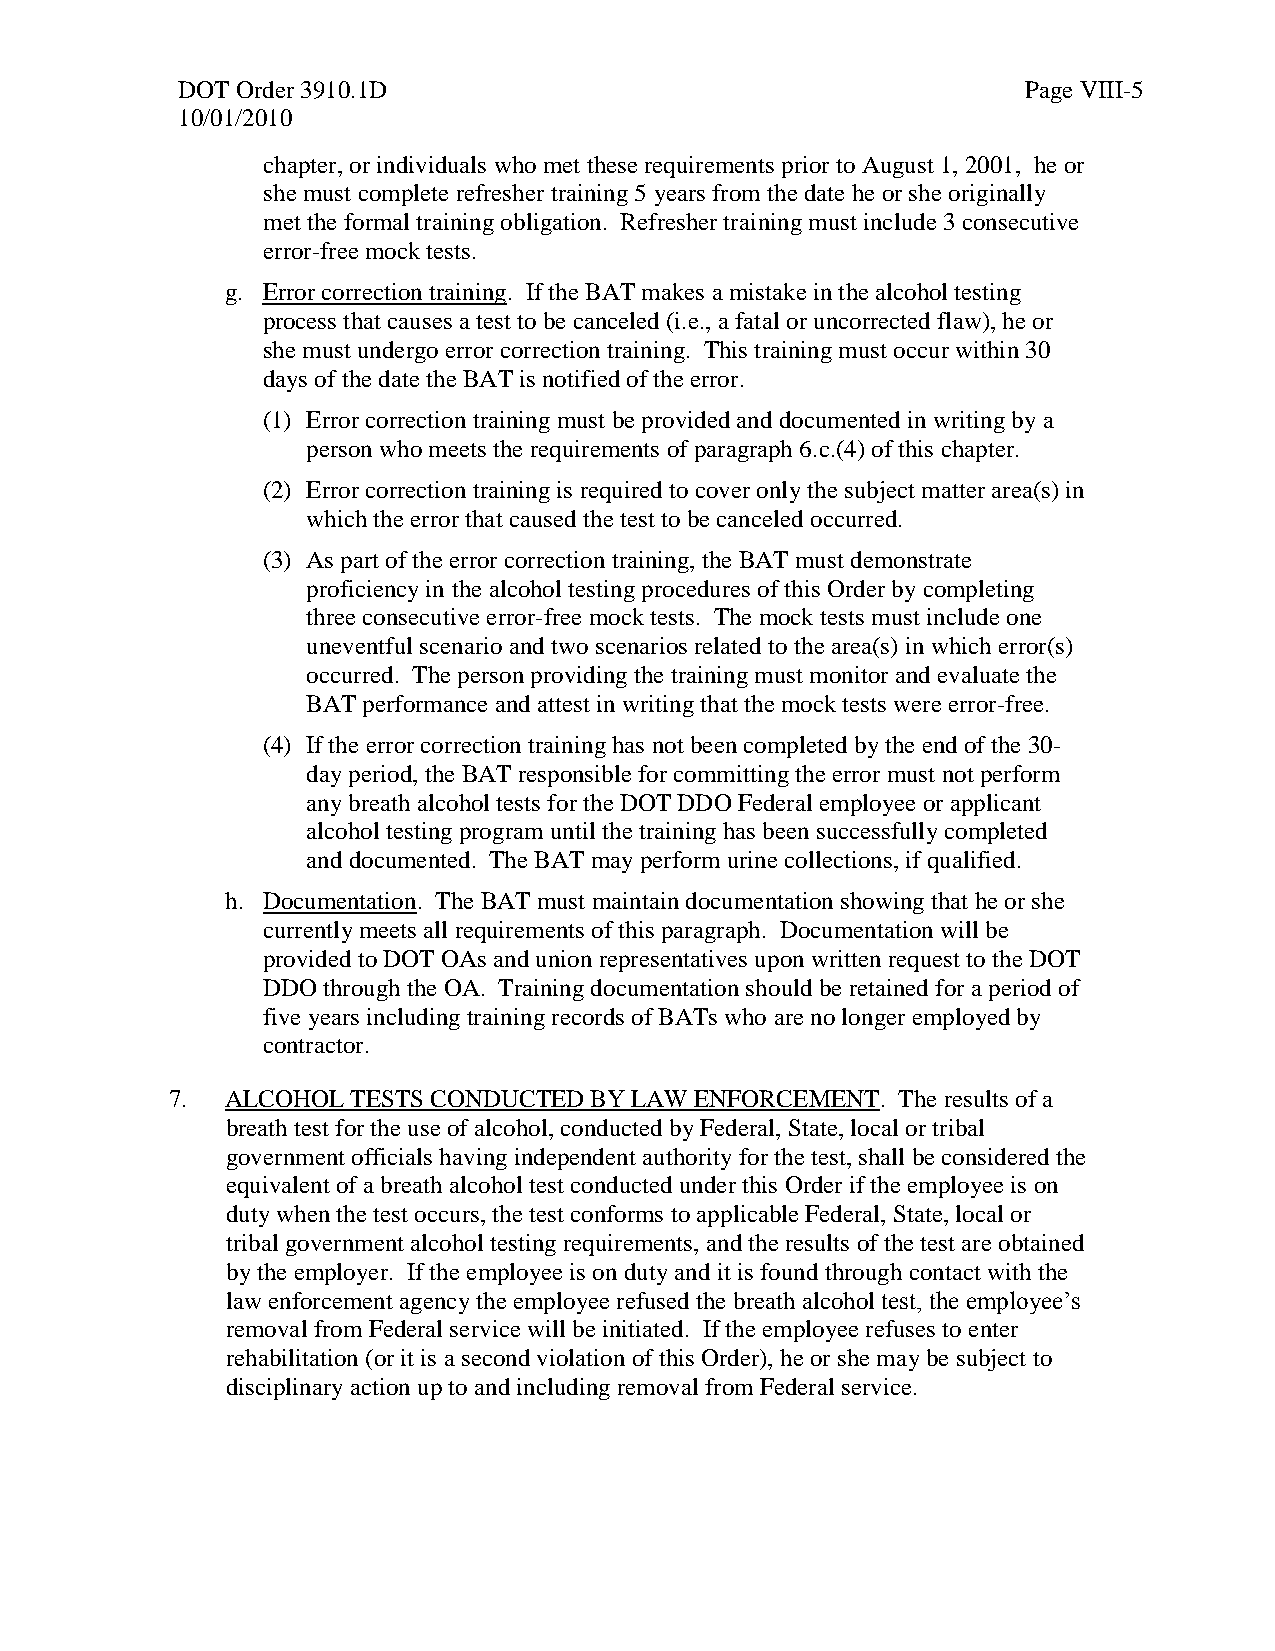
DOT Order 3910.1D                                       Page VIII-5
 10/01/2010
 chapter, or individuals who met these requirements prior to August 1, 2001, he or
 she must complete refresher training 5 years from the date he or she originally
 met the formal training obligation. Refresher training must include 3 consecutive
 error-free mock tests.
 g. Error correction training. If the BAT makes a mistake in the alcohol testing
 process that causes a test to be canceled (i.e., a fatal or uncorrected flaw), he or
 she must undergo error correction training. This training must occur within 30
 days of the date the BAT is notified of the error.
 (1) Error correction training must be provided and documented in writing by a
 person who meets the requirements of paragraph 6.c.(4) of this chapter.
 (2) Error correction training is required to cover only the subject matter area(s) in
 which the error that caused the test to be canceled occurred.
 (3) As part of the error correction training, the BAT must demonstrate
 proficiency in the alcohol testing procedures of this Order by completing
 three consecutive error-free mock tests. The mock tests must include one
 uneventful scenario and two scenarios related to the area(s) in which error(s)
 occurred. The person providing the training must monitor and evaluate the
 BAT performance and attest in writing that the mock tests were error-free.
 (4) If the error correction training has not been completed by the end of the 30-
 day period, the BAT responsible for committing the error must not perform
 any breath alcohol tests for the DOT DDO Federal employee or applicant
 alcohol testing program until the training has been successfully completed
 and documented. The BAT may perform urine collections, if qualified.
 h. Documentation. The BAT must maintain documentation showing that he or she
 currently meets all requirements of this paragraph. Documentation will be
 provided to DOT OAs and union representatives upon written request to the DOT
 DDO through the OA. Training documentation should be retained for a period of
 five years including training records of BATs who are no longer employed by
 contractor.
 7.  ALCOHOL TESTS CONDUCTED BY LAW ENFORCEMENT. The results of a
 breath test for the use of alcohol, conducted by Federal, State, local or tribal
 government officials having independent authority for the test, shall be considered the
 equivalent of a breath alcohol test conducted under this Order if the employee is on
 duty when the test occurs, the test conforms to applicable Federal, State, local or
 tribal government alcohol testing requirements, and the results of the test are obtained
 by the employer. If the employee is on duty and it is found through contact with the
 law enforcement agency the employee refused the breath alcohol test, the employee’s
 removal from Federal service will be initiated. If the employee refuses to enter
 rehabilitation (or it is a second violation of this Order), he or she may be subject to
 disciplinary action up to and including removal from Federal service.